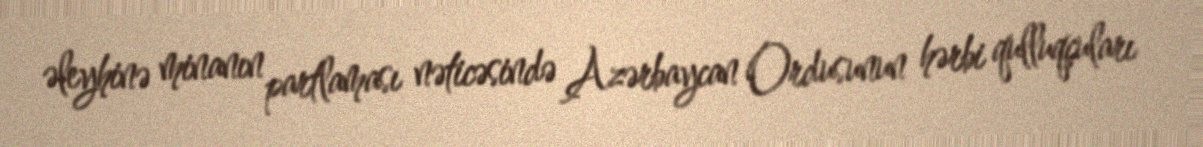
əleyhinə minanın partlaması nəticəsində Azərbaycan Ordusunun hərbi qulluqçuları